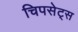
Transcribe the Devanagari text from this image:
चिपसेट्स